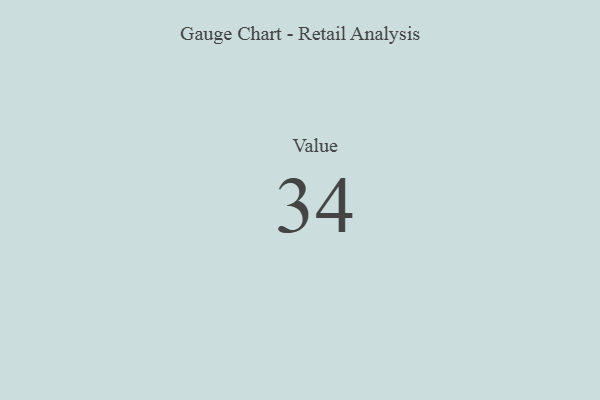
{"axis": {"x": "Metric", "y": "Value"}, "legend": [""], "data": [{"x": "Value", "y": 34, "type": ""}]}